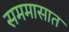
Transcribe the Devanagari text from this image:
सममासात